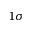
1 \sigma